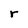
Character: r